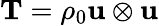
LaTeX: \mathbf{T}=\rho_{0}\mathbf{u}\otimes\mathbf{u}